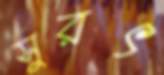
সুরৎ